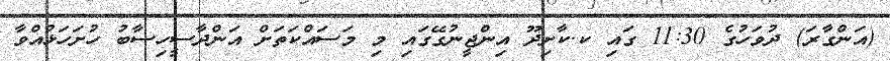
(އަންގާރަ) ދުވަހުގެ 11:30 ގައި ކ.ކާށިދޫ އިންޖީނުގޭގައި މި މަސައްކަތަށް އަންދާސީހިސާބު ހުށަހަޅުއްވާ